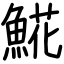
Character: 𩸽